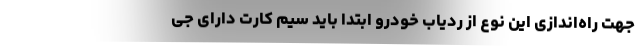
جهت راه‌اندازی این نوع از ردیاب خودرو ابتدا باید سیم کارت دارای جی